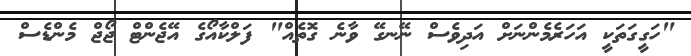
"ހަގީގަތަކީ އަހަރެމެންނަށް އަދިވެސް ނޭނގޭ ވާނެ ގޮތެއް" ފަލްކާއޯގެ އޭޖެންޓް ޖޯޖް މެންޑެސް